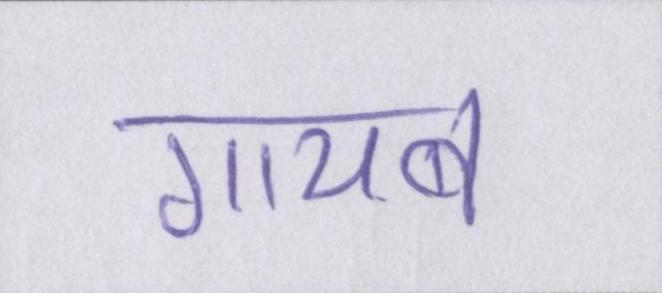
गायब